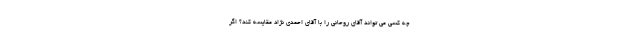
چه کسی می تواند آقای روحانی را با آقای احمدی نژاد مقایسه کند؟ اگر